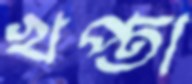
খপ্তা